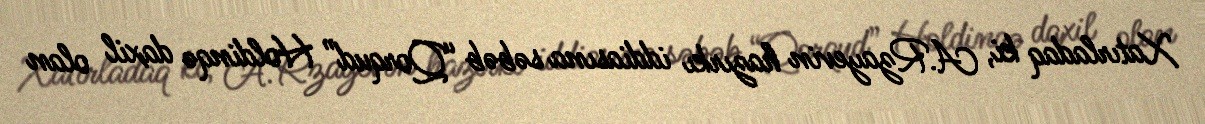
Xatırladaq ki, A.Rzayevin hazırkı iddiasına səbəb “Qorqud” Holdinqə daxil olan